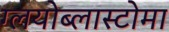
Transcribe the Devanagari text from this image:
ग्लयोब्लास्टोमा